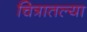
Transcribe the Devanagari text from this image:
चित्रातल्या